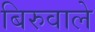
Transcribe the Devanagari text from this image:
बिरुवाले